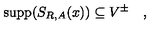
\mathrm { s u p p } ( S _ { R , A } ( x ) ) \subseteq V ^ { \pm } \quad ,